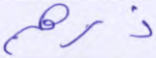
ذرهم